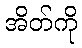
အိတ်ကို